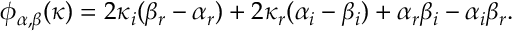
\phi _ { \alpha , \beta } ( \kappa ) = 2 \kappa _ { i } ( \beta _ { r } - \alpha _ { r } ) + 2 \kappa _ { r } ( \alpha _ { i } - \beta _ { i } ) + \alpha _ { r } \beta _ { i } - \alpha _ { i } \beta _ { r } .